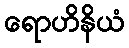
ရောဟိနိယံ